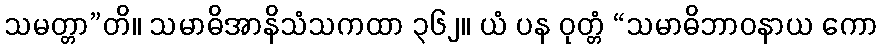
သမတ္တာ”တိ။ သမာဓိအာနိသံသကထာ ၃၆၂။ ယံ ပန ဝုတ္တံ “သမာဓိဘာဝနာယ ကော